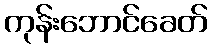
ကုန်းဘောင်ခေတ်